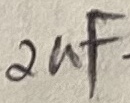
Text: 2uF